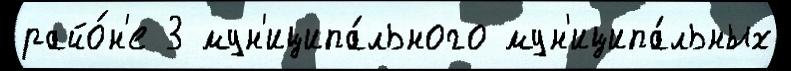
райо́н'е 3 мун'иципа́льного мун'иципа́льных